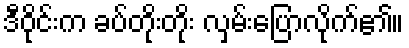
ဒီဝိုင်းက ခပ်တိုးတိုး လှမ်းပြောလိုက်၏။